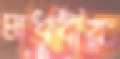
মাধবীর